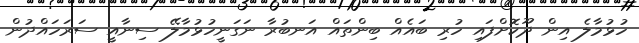
ހުޅުމާލެ އިން ދޫކޮށްފައި ހުރި ބައެއް ބިންތައް އަނބުރާ ނަގަނީހުޅުމާލޭ ސިނާއީ ސަރަހައްދުން